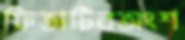
ফিতাটিরঅংশ